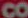
CO